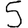
Digit: 5